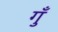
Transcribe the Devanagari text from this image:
गुँ